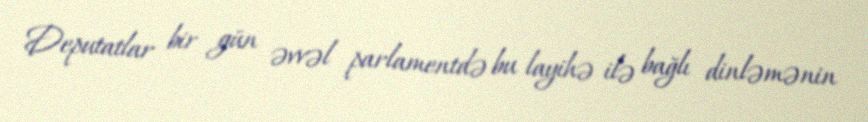
Deputatlar bir gün əvvəl parlamentdə bu layihə ilə bağlı dinləmənin